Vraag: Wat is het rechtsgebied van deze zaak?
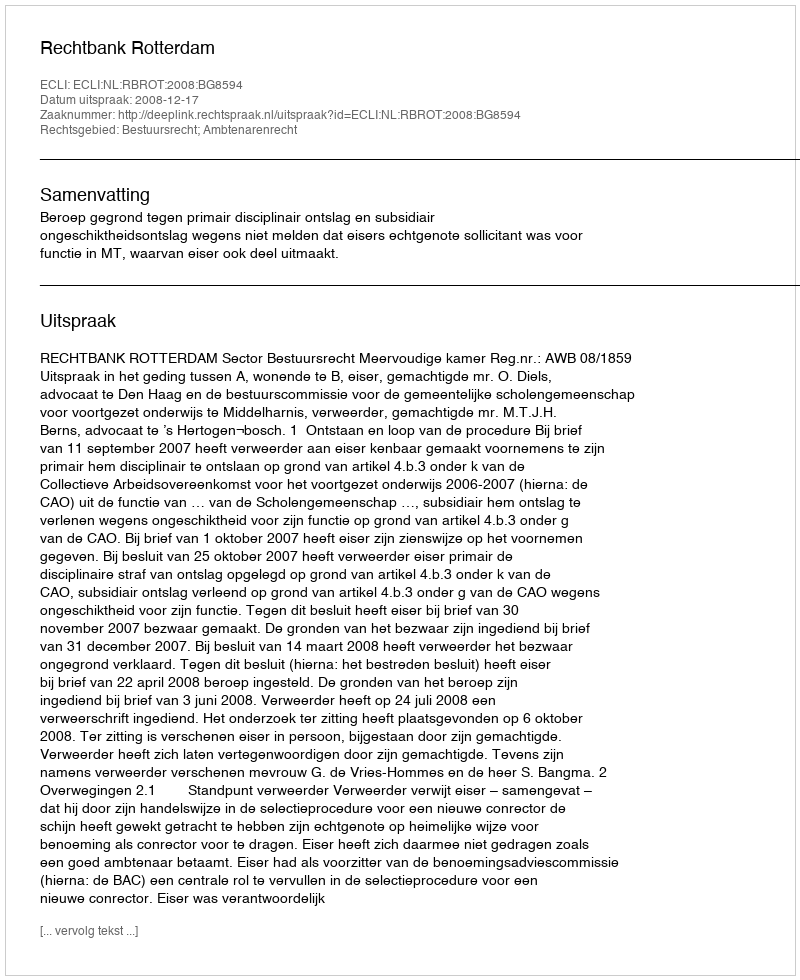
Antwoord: Bestuursrecht; Ambtenarenrecht